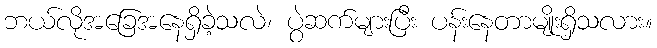
ဘယ်လိုအခြေအနေရှိခဲ့သလဲ၊ ပွဲဆက်များပြီး ပန်းနေတာမျိုးရှိသလား။